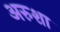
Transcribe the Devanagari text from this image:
अरुशा